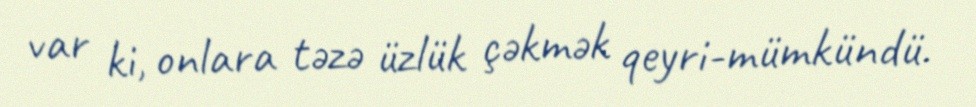
var ki, onlara təzə üzlük çəkmək qeyri-mümkündü.